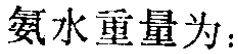
氨水重量为：